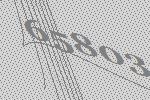
65803